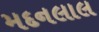
મદનલાલ